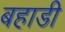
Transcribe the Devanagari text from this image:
बहाडी